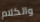
والكلام